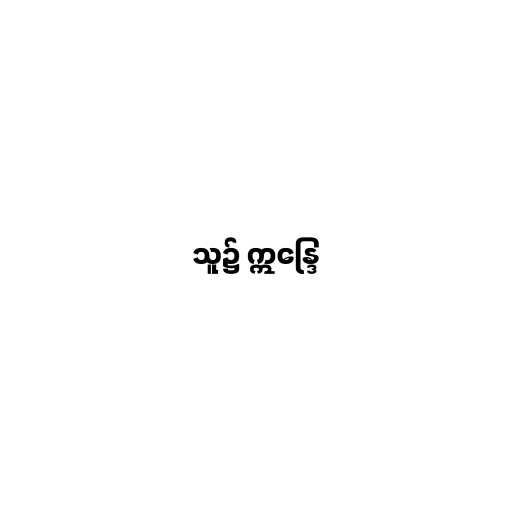
သူ၌ ဣန္ဒြေ